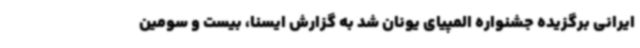
ایرانی برگزیده جشنواره المپیای یونان شد به گزارش ایسنا، بیست و سومین